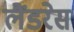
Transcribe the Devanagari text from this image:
लैंडरेस